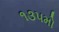
૧૩૫મો